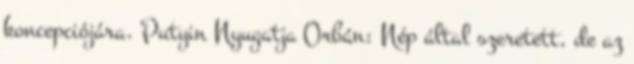
koncepciójára. Putyin Nyugatja Orbán: Nép által szeretett, de az